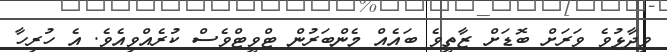
ވިދާޅުވެ ވަރަށް ބޮޑަށް ޒާތީވެ ބައެއް މެންބަރުން ޓްވީޓްވެސް ކުރެއްވިއެވެ. އެ ހުރިހާ